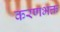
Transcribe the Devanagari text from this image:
करणभक्त